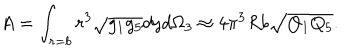
A = \int _ { r = b } r ^ { 3 } \sqrt { g _ { 1 } g _ { 5 } } d y d \Omega _ { 3 } \approx 4 \pi ^ { 3 } R b \sqrt { Q _ { 1 } Q _ { 5 } } .